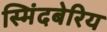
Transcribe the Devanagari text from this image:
स्मिंदबेरिय